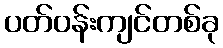
ပတ်ဝန်းကျင်တစ်ခု